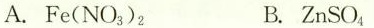
A.Fe(NO_{3})_{2} B.ZnSO_{4}